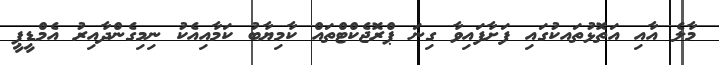
މާލެ އާއި އަތޮޅުތައކުގައި ފަށާފައިވާ ގިނަ ޕްރޮޖެކްޓްތައް ކާމިޔާބު ކަމާއިއެކު ނިމިގެންދާއިރު އެމްޑީޕީ